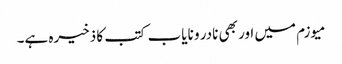
میوزم میں اور بھی نادر و نایاب کتب کا ذخیرہ ہے۔